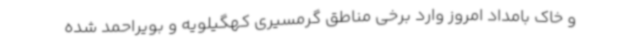
و خاک بامداد امروز وارد برخی مناطق گرمسیری کهگیلویه و بویراحمد شده